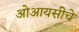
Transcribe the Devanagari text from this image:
ओआयसीचे